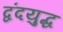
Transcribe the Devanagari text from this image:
द्वंदयुद्ध